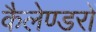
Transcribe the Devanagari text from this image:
कैलेण्डरों